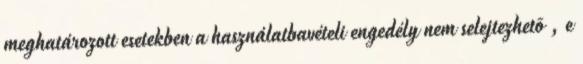
meghatározott esetekben a használatbavételi engedély nem selejtezhetõ , e